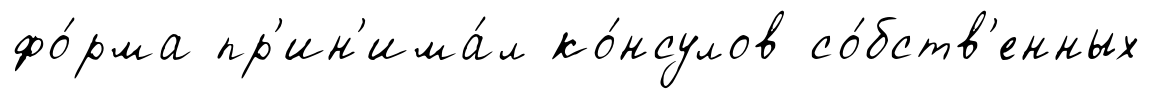
фо́рма пр'ин'има́л ко́нсулов со́бств'енных